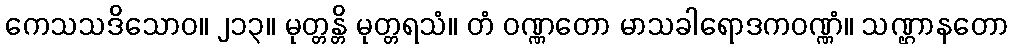
ကေသသဒိသောဝ။ ၂၁၃။ မုတ္တန္တိ မုတ္တရသံ။ တံ ဝဏ္ဏတော မာသခါရောဒကဝဏ္ဏံ။ သဏ္ဌာနတော